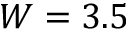
W = 3 . 5